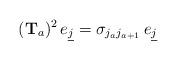
LaTeX: \begin{align*} ({\mathbf{T}}_{a})^2\,e_{\underline{j}}=\sigma_{j_{a}j_{a+1}}\,e_{\underline{j}} \end{align*}